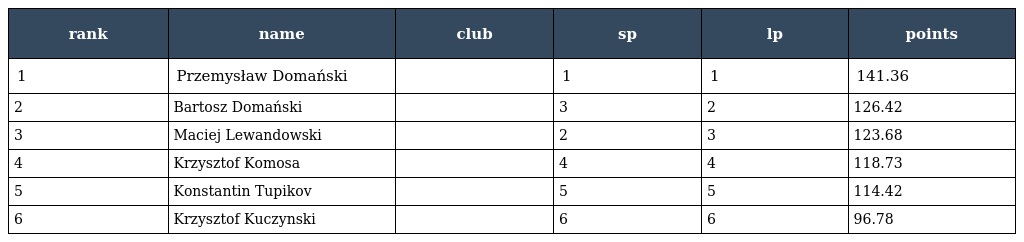
| rank | name | club | sp | lp | points |
 | --- | --- | --- | --- | --- | --- |
 | 1 | Przemysław Domański |  | 1 | 1 | 141.36 |
 | 2 | Bartosz Domański |  | 3 | 2 | 126.42 |
 | 3 | Maciej Lewandowski |  | 2 | 3 | 123.68 |
 | 4 | Krzysztof Komosa |  | 4 | 4 | 118.73 |
 | 5 | Konstantin Tupikov |  | 5 | 5 | 114.42 |
 | 6 | Krzysztof Kuczynski |  | 6 | 6 | 96.78 |